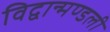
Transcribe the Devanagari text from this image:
विद्वान्मण्डली